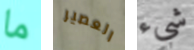
ما العصير شيء